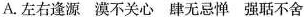
A.左右逢源漠不关心肆无忌惮强聒不舍